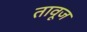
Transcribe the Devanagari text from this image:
तावूज